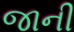
જાની